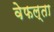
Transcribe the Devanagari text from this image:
वेफल्ता